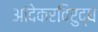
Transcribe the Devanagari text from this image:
आंदेकरविरुद्ध